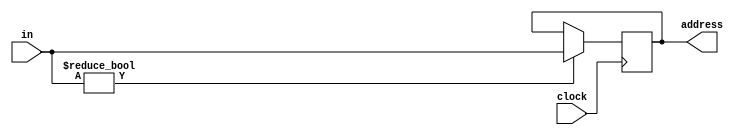
`timescale 1ns / 1ps
//////////////////////////////////////////////////////////////////////////////////
// Name: Tamir Enkhjargal
// Module Name: programCounter
//////////////////////////////////////////////////////////////////////////////////

module programCounter(clock, in, address);

// Setting up variables: 
input clock;
input [7:0] in;
output reg [7:0] address;

// Run these lines when testing and input changes
initial begin
    address = 0;
end
always@(negedge clock)
begin
    if(in) begin
    address = in;
    end
end
endmodule